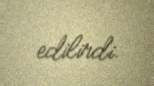
edilirdi.